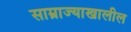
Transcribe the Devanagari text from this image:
साम्राज्याखालील